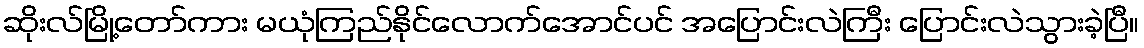
ဆိုးလ်မြို့တော်ကား မယုံကြည်နိုင်လောက်အောင်ပင် အပြောင်းလဲကြီး ပြောင်းလဲသွားခဲ့ပြီ။